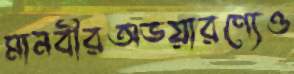
মানবীরঅভয়ারণ্যেও